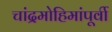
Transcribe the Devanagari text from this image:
चांद्रमोहिमांपूर्वी